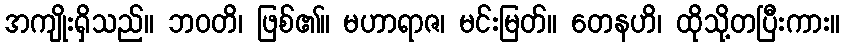
အကျိုးရှိသည်။ ဘဝတိ၊ ဖြစ်၏။ မဟာရာဇ၊ မင်းမြတ်။ တေနဟိ၊ ထိုသို့တပြီးကား။